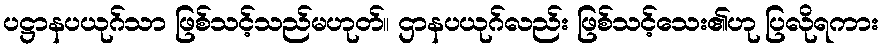
ပဋ္ဌာနပယုဂ်သာ ဖြစ်သင့်သည်မဟုတ်။ ဌာနပယုဂ်လည်း ဖြစ်သင့်သေး၏ဟု ပြလိုရကား